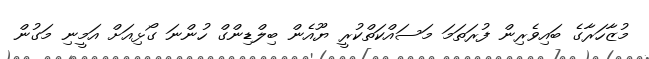
މުޒާހަރާގެ ބައިވެރިން ފުރަތަމަ މަސައްކަތްކުރީ ޔޫއެން ބިލްޑިންގް ހުންނަ ގޯޅިއަށް އަމީނި މަގުން